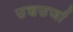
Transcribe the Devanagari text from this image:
उच्चउर्जा